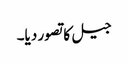
جیل کا تصور دیا۔